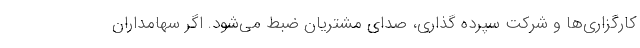
کارگزاری‌ها و شرکت سپرده گذاری، صدای مشتریان ضبط می‌شود. اگر سهامداران